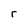
Character: r